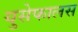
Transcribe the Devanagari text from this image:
युसेफालस